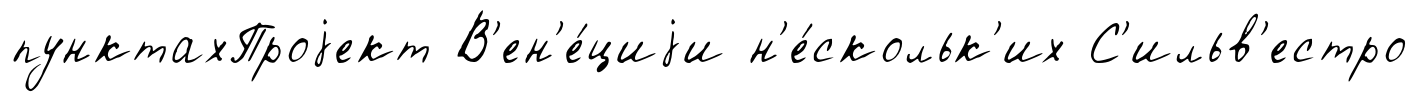
пунктахПроjект В'ен'е́циjи н'е́скольк'их С'ильв'естро